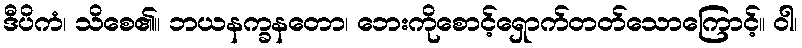
ဒီပိကံ၊ သိစေ၏။ ဘယနက္ခနတော၊ ဘေးကိုစောင့်ရှောက်တတ်သောကြောင့်။ ဝါ၊